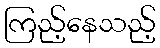
ကြည့်နေသည့်